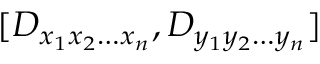
[ D _ { x _ { 1 } x _ { 2 } \dots x _ { n } } , D _ { y _ { 1 } y _ { 2 } \dots y _ { n } } ]